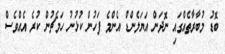
ބޮޑު މުބާރާތެއްގައި ނޮދަން އަޔަލެންޑް އެންމެ ފަހުން ކުޅުނު ހަމެޗުން ކުރެ އެއްވެސް